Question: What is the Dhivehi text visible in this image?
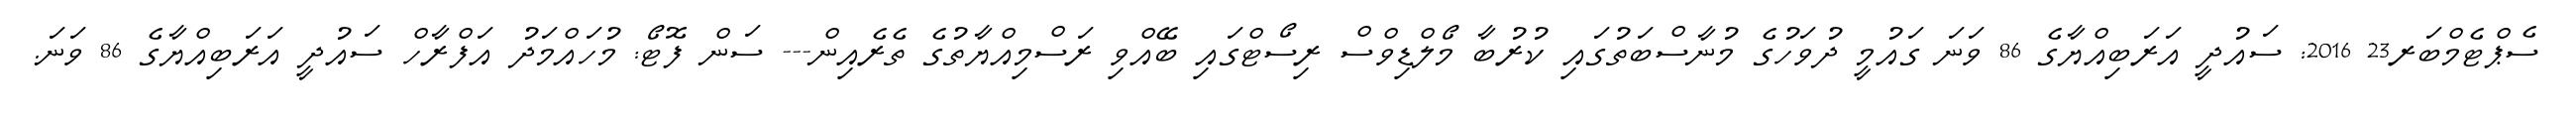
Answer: ސެޕްޓެމްބަރ23 2016: ސައުދީ އަރަބިއްޔާގެ 86 ވަނަ ގައުމީ ދުވަހުގެ މުނާސްބަތުގައި ކުރުބާ މޯލްޑިވްސް ރިސޯޓްގައި ބޭއްވި ރަސްމިއްޔާތުގެ ތެރެއިން--- ސަން ފޮޓޯ: މުހައްމަދު އަފްރާހް ސައުދީ އަރަބިއްޔާގެ 86 ވަނަ.